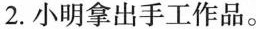
2.小明拿出手工作品。